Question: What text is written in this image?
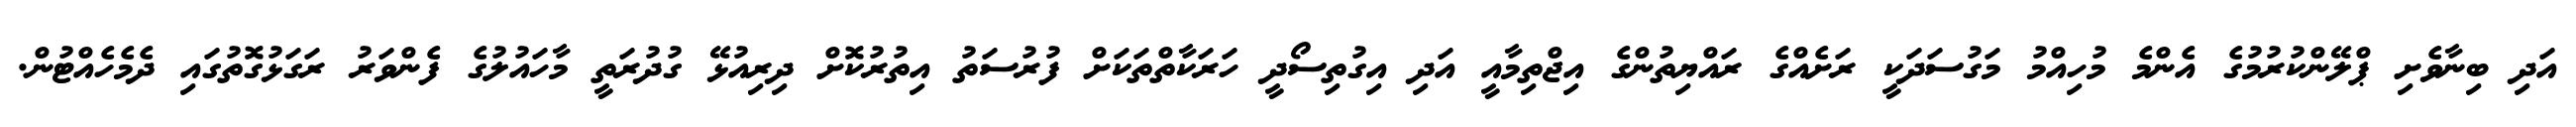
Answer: އަދި ބިނާވެށި ޕްލޭންކުރުމުގެ އެންމެ މުހިއްމު މަގުސަދަކީ ރަށެއްގެ ރައްޔިތުންގެ އިޖްތިމާއީ އަދި އިގުތިސޯދީ ހަރަކާތްތަކަށް ފުރުސަތު އިތުރުކޮށް ދިރިއުޅޭ ގުދުރަތީ މާހައުލުގެ ފެންވަރު ރަގަޅުގޮތުގައި ދެމެހެއްޓުން.